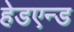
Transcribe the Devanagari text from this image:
हेडएन्ड